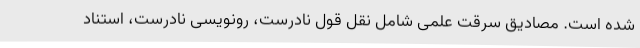
شده است. مصادیق سرقت علمی شامل نقل قول نادرست، رونویسی نادرست، استناد